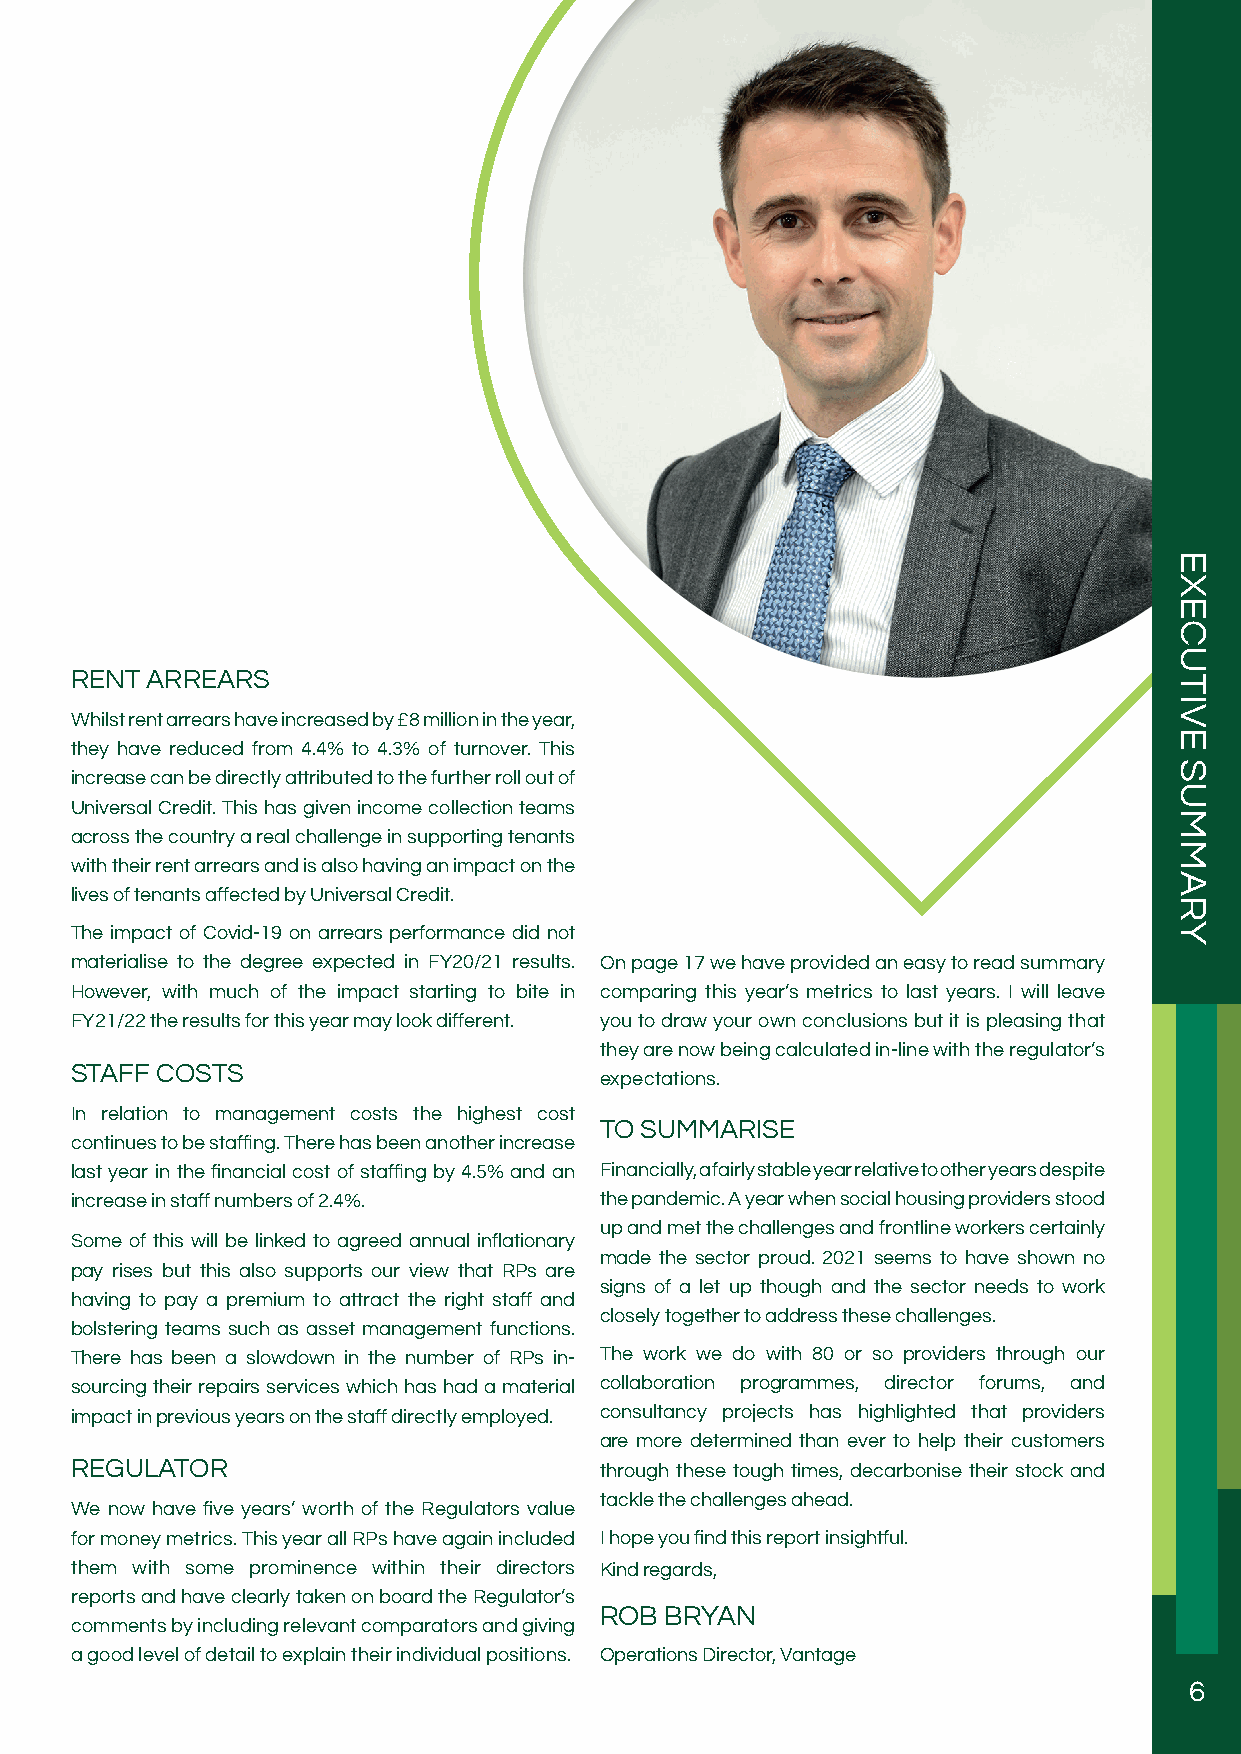
RENT ARREARS
 Whilst rent arrears have increased by £8 million in the year,
 they have reduced from 4.4% to 4.3% of turnover. This
 increase can be directly attributed to the further roll out of
 Universal Credit. This has given income collection teams
 across the country a real challenge in supporting tenants
 with their rent arrears and is also having an impact on the
 lives of tenants affected by Universal Credit.
 The impact of Covid-19 on arrears performance did not
 materialise to the degree expected in FY20/21 results. On page 17 we have provided an easy to read summary
 However, with much of the impact starting to bite in comparing this year’s metrics to last years. I will leave
 FY21/22 the results for this year may look different. you to draw your own conclusions but it is pleasing that
 they are now being calculated in-line with the regulator’s
 STAFF COSTS
 expectations.
 In relation to management costs the highest cost
 TO SUMMARISE
 continues to be staffing. There has been another increase
 last year in the financial cost of staffing by 4.5% and an Financially, a fairly stable year relative to other years despite
 increase in staff numbers of 2.4%. the pandemic. A year when social housing providers stood
 up and met the challenges and frontline workers certainly
 Some of this will be linked to agreed annual inflationary
 made the sector proud. 2021 seems to have shown no
 pay rises but this also supports our view that RPs are
 signs of a let up though and the sector needs to work
 having to pay a premium to attract the right staff and
 closely together to address these challenges.
 bolstering teams such as asset management functions.
 There has been a slowdown in the number of RPs in- The work we do with 80 or so providers through our
 sourcing their repairs services which has had a material collaboration programmes, director forums, and
 impact in previous years on the staff directly employed. consultancy projects has highlighted that providers
 are more determined than ever to help their customers
 REGULATOR                          through these tough times, decarbonise their stock and
 tackle the challenges ahead.
 We now have five years’ worth of the Regulators value
 for money metrics. This year all RPs have again included I hope you find this report insightful.
 them with some prominence within their directors Kind regards,
 reports and have clearly taken on board the Regulator’s
 ROB BRYAN
 comments by including relevant comparators and giving
 a good level of detail to explain their individual positions. Operations Director, Vantage
 6
 EXECUTIVE
 SUMMARY